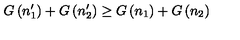
G \left( n _ { 1 } ^ { \prime } \right) + G \left( n _ { 2 } ^ { \prime } \right) \ge G \left( n _ { 1 } \right) + G \left( n _ { 2 } \right)